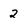
Character: 2